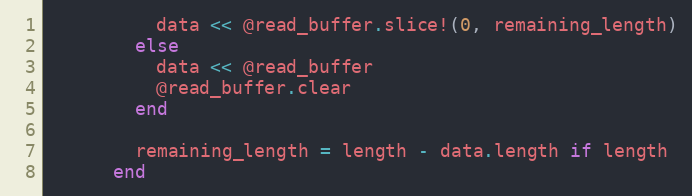
Language: Ruby
          data << @read_buffer.slice!(0, remaining_length)
        else
          data << @read_buffer
          @read_buffer.clear
        end

        remaining_length = length - data.length if length
      end